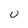
Character: U